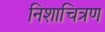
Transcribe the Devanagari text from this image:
निशाचित्रण